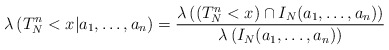
\begin{align*} \lambda\left(T^n_N < x |a_1,\ldots, a_n \right) =\frac{\lambda\left(\left(T^n_N < x\right) \cap I_N(a_1,\ldots, a_n) \right)}{\lambda\left(I_N(a_1,\ldots, a_n)\right)}\end{align*}